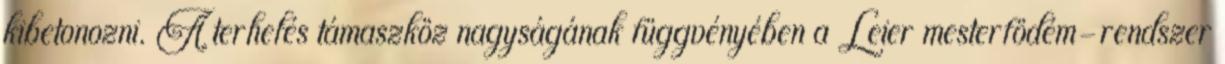
kibetonozni. A terhelés támaszköz nagyságának függvényében a Leier mesterfödém-rendszer